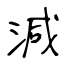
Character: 減